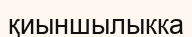
қиыншылыкка